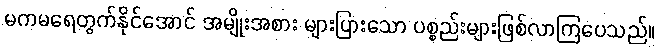
မကမရေတွက်နိုင်အောင် အမျိုးအစား များပြားသော ပစ္စည်းများဖြစ်လာကြပေသည်။